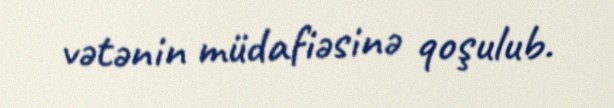
vətənin müdafiəsinə qoşulub.